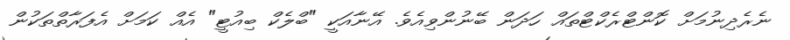
ނެރެދިނުމަށް ކޮންޓްރެކްޓްތައް ހަދަން ބޭނުންވިއެވެ. އޭނާއަކީ "ބްލެކް ބިއުޓީ" އެއް ކަމަށް އެފަރާތްތަކުން